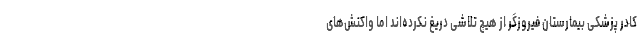
کادر پزشکی بیمارستان فیروزگر از هیچ تلاشی دریغ نکرده‌اند اما واکنش‌های